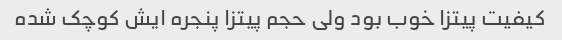
کیفیت پیتزا خوب بود ولی حجم پیتزا پنجره ایش کوچک شده